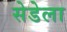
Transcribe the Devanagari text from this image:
सेडेला